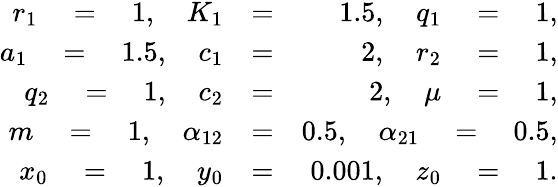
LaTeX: \begin{array}{rlr}{r_{1}\quad=\quad 1,\quad K_{1}}&{=}&{1.5,\quad q_{1}\quad=\quad 1,}\\ {a_{1}\quad=\quad 1.5,\quad c_{1}}&{=}&{2,\quad r_{2}\quad=\quad 1,}\\ {q_{2}\quad=\quad 1,\quad c_{2}}&{=}&{2,\quad\mu\quad=\quad 1,}\\ {m\quad=\quad 1,\quad\alpha_{12}}&{=}&{0.5,\quad\alpha_{21}\quad=\quad 0.5,}\\ {x_{0}\quad=\quad 1,\quad y_{0}}&{=}&{0.001,\quad z_{0}\quad=\quad 1.}\end{array}